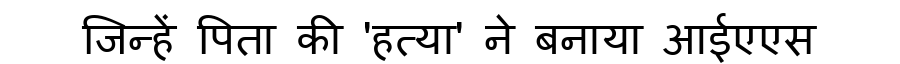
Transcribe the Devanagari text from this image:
जिन्हें पिता की 'हत्या' ने बनाया आईएएस